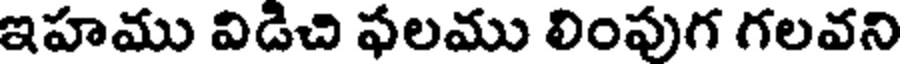
ఇహము విడిచి ఫలము లింపుగ గలవని